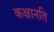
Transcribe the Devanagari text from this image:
कक्षानति